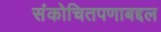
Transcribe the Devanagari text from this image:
संकोचितपणाबद्दल